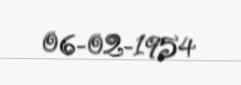
06-02-1954